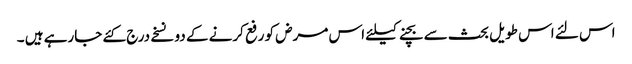
اس لئے اس طویل بحث سے بچنے کیلئے اس مرض کو رفع کرنے کے دو نسخے درج کئے جارہے ہیں ۔